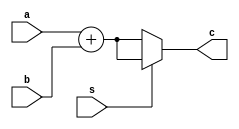
module SimpleAdder(input [15:0] a, b, input wire s, output [15:0] c);

    wire signed [16:0] signed_a;
    wire signed [16:0] signed_b;


    wire signed [16:0] sig = signed_a + signed_b;
    wire        [16:0] unsig = a + b;

    assign signed_a = a;
    assign signed_b = b;
    assign c = (s == 1) ? sig[15:0] : unsig;
endmodule